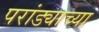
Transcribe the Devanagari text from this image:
परांड्याच्या